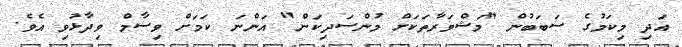
އަދި މިކަމުގެ ސަބަބުން "މަޝްވަރާތަކަށް މުންސަދިކަން" އަންނަ ކަމަށް ވިސާމް ވިދާޅުވި އެވެ.